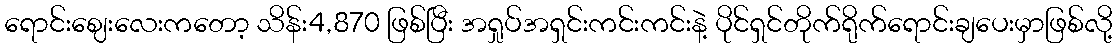
ရောင်းဈေးလေးကတော့ သိန်း4,870 ဖြစ်ပြီး အရှုပ်အရှင်းကင်းကင်းနဲ့ ပိုင်ရှင်တိုက်ရိုက်ရောင်းချပေးမှာဖြစ်လို့